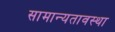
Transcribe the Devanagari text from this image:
सामान्यतावस्था